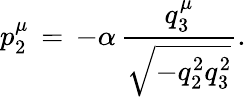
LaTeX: p_{2}^{\mu}\, =\, -\alpha\, \frac{q_{3}^{\mu}}{\sqrt{-q_{2}^{2}q_{3}^{2}}}.